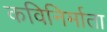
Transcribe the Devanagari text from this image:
कविनिर्माता